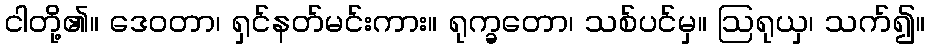
ငါတို့၏။ ဒေဝတာ၊ ရှင်နတ်မင်းကား။ ရုက္ခတော၊ သစ်ပင်မှ။ ဩရုယှ၊ သက်၍။